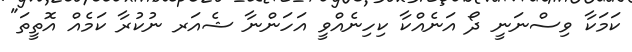
ކަމަކާ ވިސްނަނީ ދޯ އަނެއްކާ ކިހިނެއްވީ އަހަންނާ ޝެއަރ ނުކުރާ ކަމެއް އޮތީތަ"